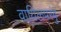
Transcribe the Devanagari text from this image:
वायिलपरंबु